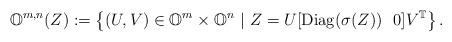
LaTeX: \begin{align*} \mathbb{O}^{m,n}(Z):=\left\{(U,V)\in\mathbb{O}^{m}\times\mathbb{O}^{n}\ |\ Z=U[{\rm Diag}(\sigma(Z))\ \ 0]V^{\mathbb{T}}\right\}. \end{align*}